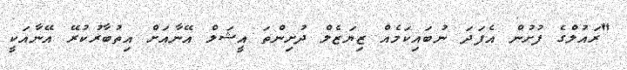
"ރައުލްގެ ފުށުން އެފަދަ ނުބައިކަމެއް ޒިޔަޒެލް ދުށިންތަ އީޝަލް އޭނާއަށް އިތުބާރުކުރޭ އޭނާއަކީ